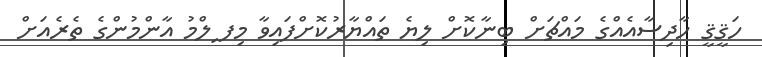
ހަޤީޤީ ހާދިސާއެއްގެ މައްޗަށް ބިނާކޮށް ލިޔެ ތައްޔާރުކޮށްފައިވާ މިފ ިލްމު އާންމުންގެ ތެރެއަށް